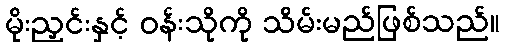
မိုးညှင်းနှင့် ဝန်းသိုကို သိမ်းမည်ဖြစ်သည်။